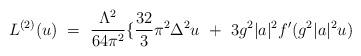
LaTeX: \begin{align*}L^{(2)}(u) \ = \ \frac{ \Lambda^2}{64 \pi^2} \{\frac{32}{3} \pi^2 \Delta^2 u \ + \ 3 g^2|a|^2 f' ( g^2|a|^2 u)\end{align*}